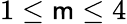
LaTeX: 1\leq\mathsf{m}\leq4